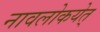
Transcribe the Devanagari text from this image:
नावलोकयेत्